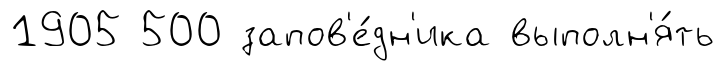
1905 500 запов'е́дн'ика выполн'я́ть